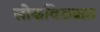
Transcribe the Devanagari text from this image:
लोकविख्यात